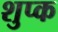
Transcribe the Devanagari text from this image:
शुप्क